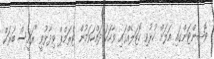
ވޮޝިންޓަންގައި އަލަށް ހުޅުވި ހޮޓަލެއްގައި ވާހަކަ ދައްކަވަމުން ޓްރަމްޕް ވިދާޅުވީ "ރައީސް ބަރަކް